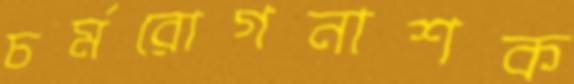
চর্মরোগনাশক